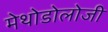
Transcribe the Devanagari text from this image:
मेथोडोलोजी